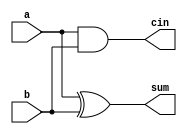
module HAdder(input a, b, output sum, cin);

//wire w1, w2;

xor x1(sum, a, b);
and a1(cin, a, b);

endmodule